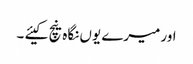
اور میرے یوں نگاہ نیچ کیئے ۔